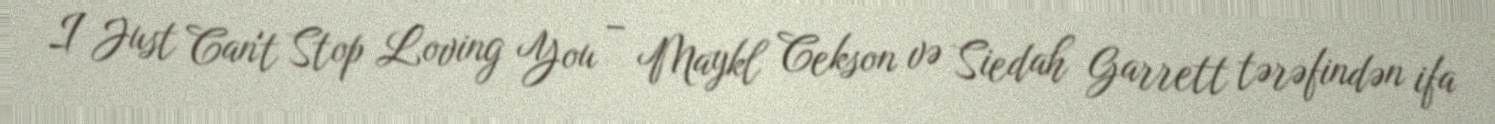
I Just Can't Stop Loving You – Maykl Cekson və Siedah Garrett tərəfindən ifa